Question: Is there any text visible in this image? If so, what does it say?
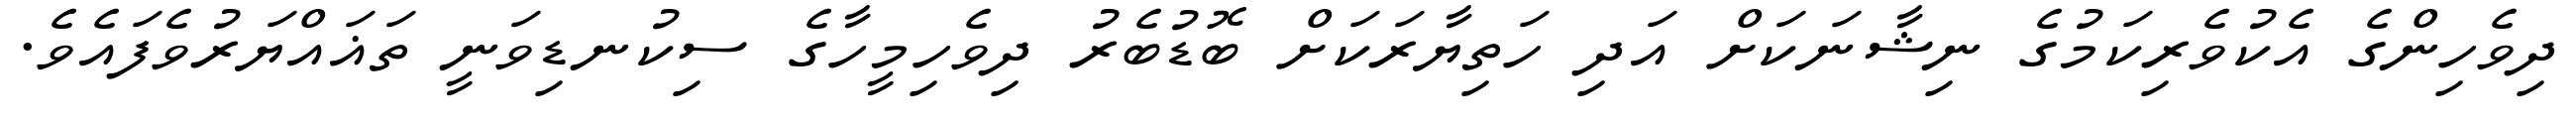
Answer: ދިވެހިންގެ އެކުވެރިކަމުގެ ނިޝާނަކަށް އަދި ހަތިޔާރަކަށް ބޮޑުބެރު ދިވެހިމީހާގެ ސިކުނޑިވަނީ ތަޣައްޔަރުވެފައެވެ.